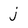
Character: j